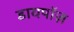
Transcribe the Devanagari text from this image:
डायपॉज़